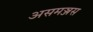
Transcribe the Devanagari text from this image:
असमञ्जस